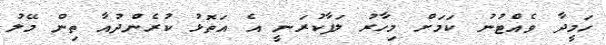
ހަމީދާ ވެއްޓުނު ކަމަށް މިހާރު ލަފާކުރަނީ އެ އަތޮޅު ކުރެންދުއާ ތިން މޭލު